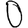
Digit: 0